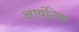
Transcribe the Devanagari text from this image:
आवंटिक